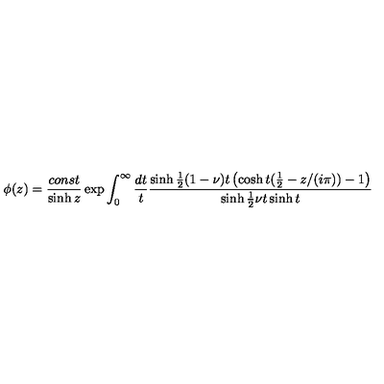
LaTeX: \phi ( z ) = \frac { c o n s t } { \sinh z } \exp \int _ { 0 } ^ { \infty } \frac { d t } { t } \frac { \sinh \frac { 1 } { 2 } ( 1 - \nu ) t \left( \cosh t ( \frac { 1 } { 2 } - z / ( i \pi ) ) - 1 \right) } { \sinh \frac { 1 } { 2 } \nu t \sinh t }